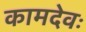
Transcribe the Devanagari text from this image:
कामदेवः